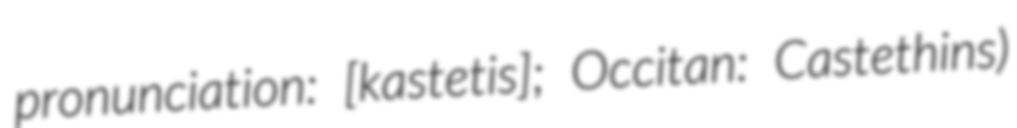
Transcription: pronunciation: ​[kastetis]; Occitan: Castethins)